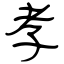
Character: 孝